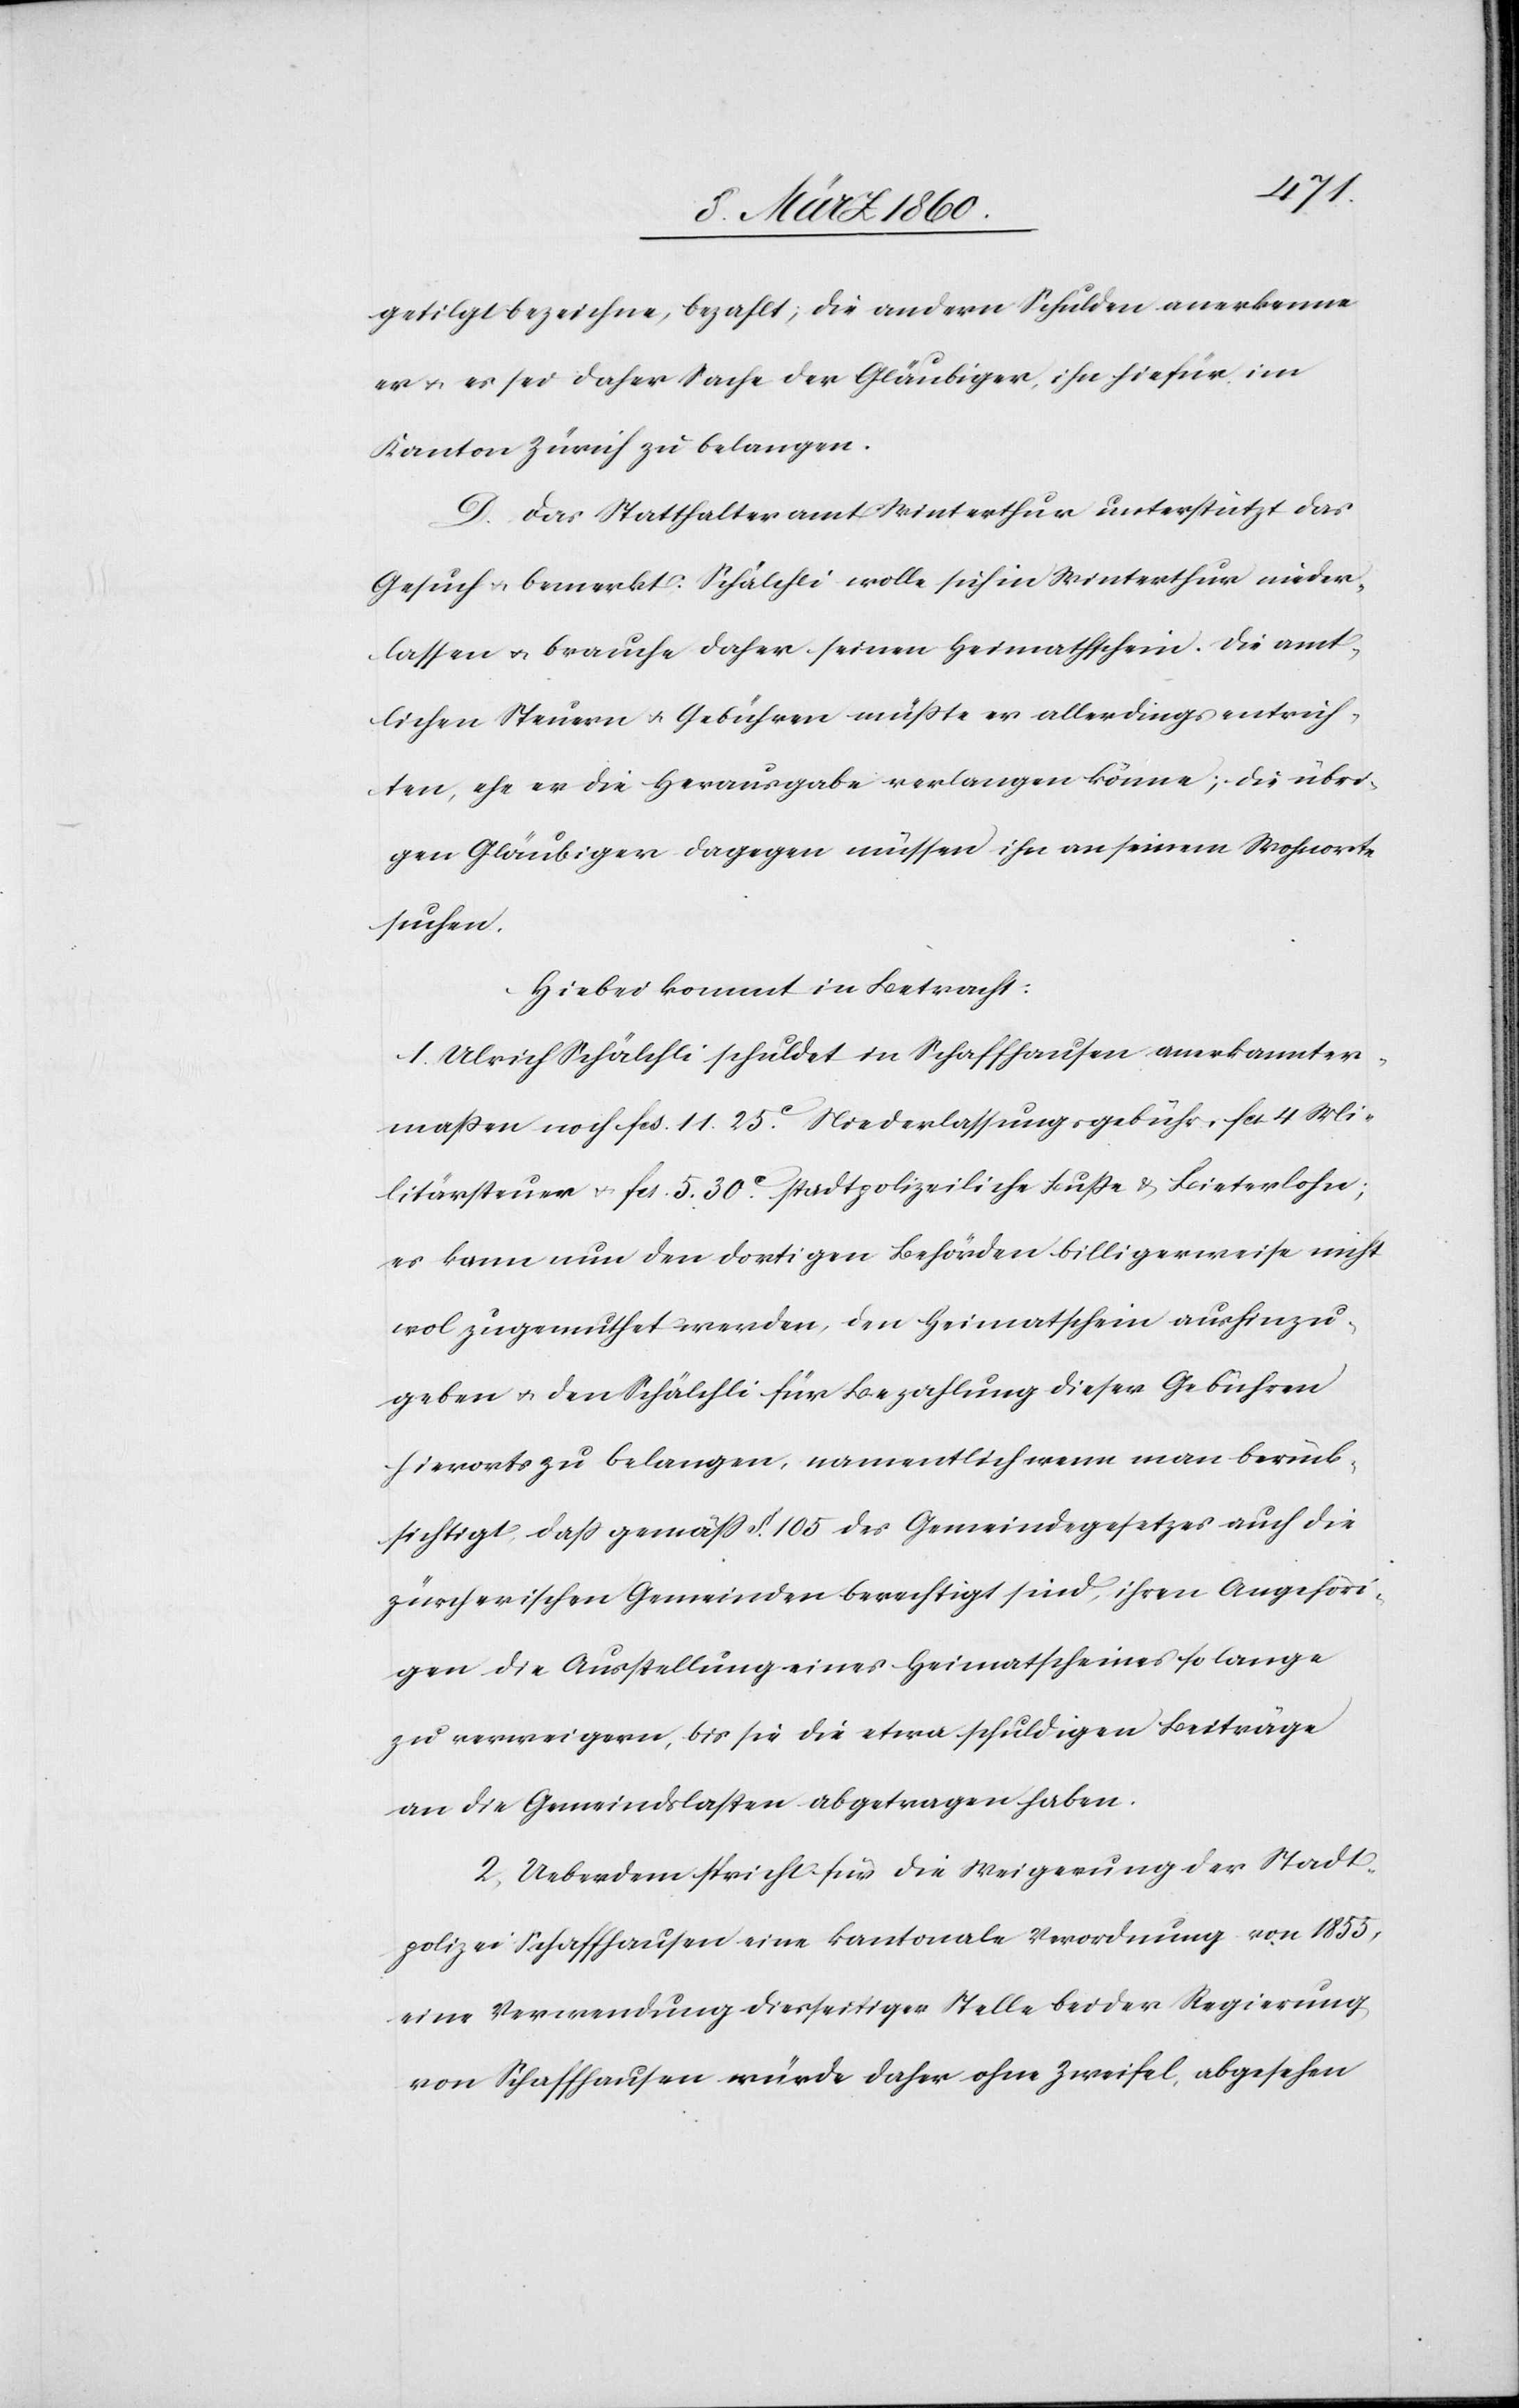
getilgt bezeichne, bezahlt; die andern Schulden anerkenne
er u. es sei daher Sache der Gläubiger, ihn hiefür im
Kanton Zürich zu belangen.
D. Das Statthalteramt Winterthur unterstützt das
Gesuch u. bemerkt: Schälchli wolle sich in Winterthur nieder¬
lassen u. brauche daher seinen Heimathschein. Die amt¬
lichen Steuern u. Gebühren müsste er allerdings entrich¬
ten, ehe er die Herausgabe verlangen könne; die übri¬
gen Gläubiger dagegen müssen ihn an seinem Wohnorte
suchen.
Hiebei kommt in Betracht:
1. Ulrich Schälchli schuldet in Schaffhausen anerkannter¬
massen noch fcs. 11. 25C Niederlassungsgebühr, fcs. 4 Mi¬
litärsteuer u. fcs. 5. 30C stadtpolizeiliche Busse u. Bieterlohn;
es kann nun den dortigen Behörden billigerweise nicht
wol zugemuthet werden, den Heimatschein aushinzu¬
geben u. den Schälchli für Bezahlung dieser Gebühren
hierorts zu belangen, namentlich wenn man berück¬
sichtigt, dass gemäss §. 105 des Gemeindegesetzes auch die
zürcherischen Gemeinden berechtigt sind, ihren Angehöri¬
gen die Ausstellung eines Heimatscheines so lange
zu verweigern, bis sie die etwa schuldigen Beiträge
an die Gemeindslasten abgetragen haben.
2. Ueberdem spricht für die Weigerung der Stadt¬
polizei Schaffhausen eine kantonale Verordnung von 1855,
eine Verwendung diesseitiger Stelle bei der Regierung
von Schaffhausen würde daher ohne Zweifel, abgesehen